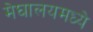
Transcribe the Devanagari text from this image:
मेघालयमध्ये